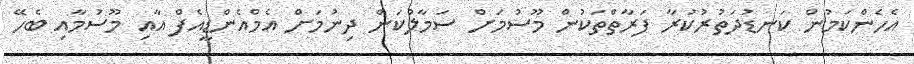
އެހެންކަމުން ކަނޑުދަތުރުކުރާ ފަރާތްތަކުން މޫސުމަށް ސަމާލުކަން ދިނުމަށް އެމްއެންޑީއެފް އާއި މޫސުމާއި ބެހޭ